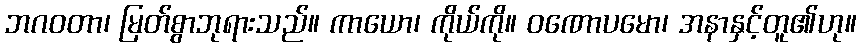
ဘဂဝတာ၊ မြတ်စွာဘုရားသည်။ ကာယော၊ ကိုယ်ကို။ ဝဏောပမော၊ အနာနှင့်တူ၏ဟု။